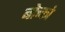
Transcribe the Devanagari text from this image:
बोच्को